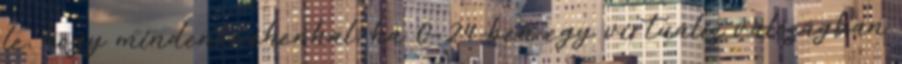
le, hogy mindenki éhenhal, ha 0-24-ben egy virtuális valóságban